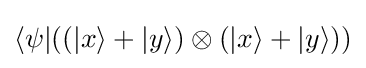
\langle \psi |((|x\rangle +|y\rangle )\otimes (|x\rangle +|y\rangle ))